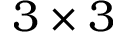
3 \times 3